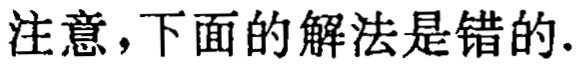
注意，下面的解法是错的.